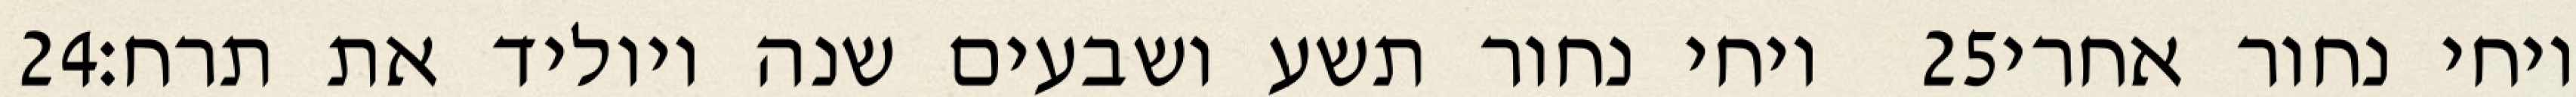
‎24‏ ויחי נחור תשע ושבעים שנה ויוליד את תרח׃ ‎25‏ ויחי נחור אחרי